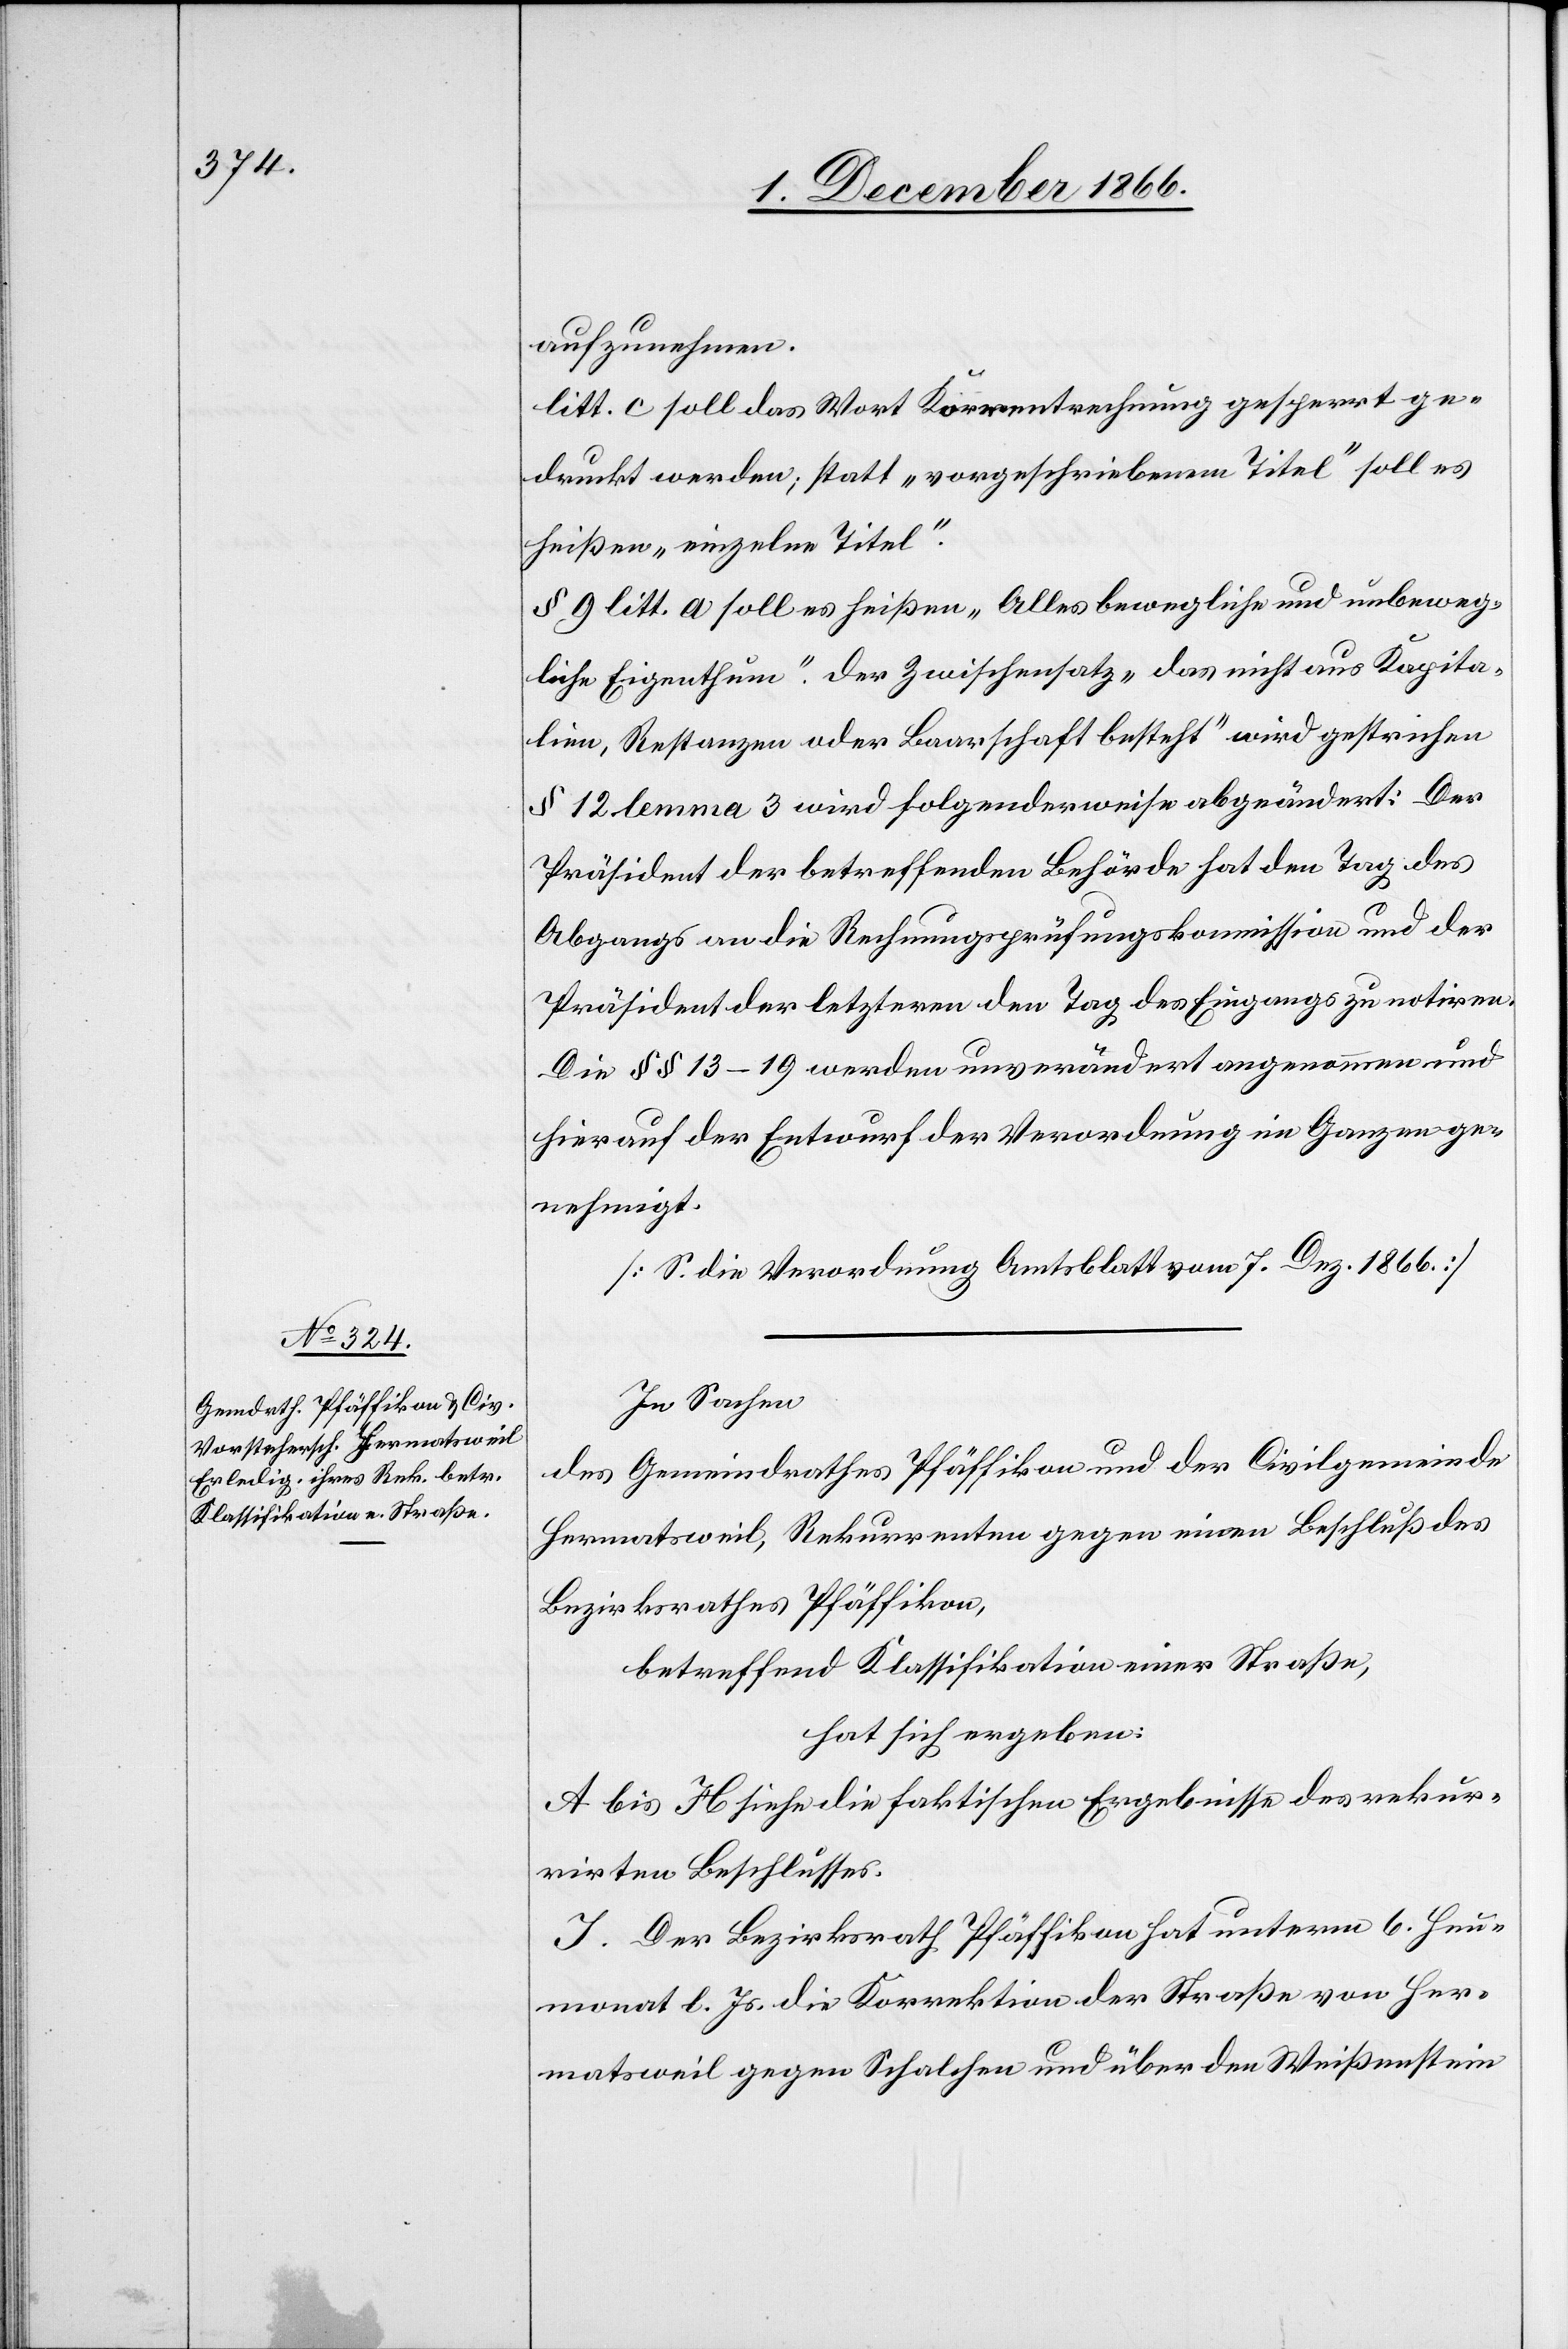
aufzunehmen.
litt. c soll das Wort Korrentrechnung gesperrt ge¬
druckt werden; statt „vorgeschriebenem Titel“ soll es
heißen „einzelne Titel“.
§ 9 litt. a soll es heißen „Alles bewegliche und unbeweg¬
liche Eigenthum“. Der Zwischensatz „das nicht aus Kapita¬
lien, Restanzen oder Baarschaft besteht“ wird gestrichen.
§ 12 lemma 3 wird folgenderweise abgeändert: Der
Präsident der betreffenden Behörde hat den Tag des
Abgangs an die Rechnungsprüfungskommission und der
Präsident der letzteren den Tag des Eingangs zu notiren.
Die § § 13–19 werden unverändert angenommen und
hierauf der Entwurf der Verordnung im Ganzen ge¬
nehmigt.
[S. die Verordnung Amtsblatt vom 7. Dez. 1866.]
In Sachen
des Gemeindrathes Pfäffikon und der Civilgemeinde
Hermatsweil, Rekurrenten gegen einen Beschluß des
Bezirksrathes Pfäffikon,
betreffend Klassifikation einer Straße,
hat sich ergeben:
A bis H siehe die faktischen Ergebnisse des rekur¬
rirten Beschlusses.
I. Der Bezirksrath Pfäffikon hat unterm 6. Heu¬
monat l. Js. die Korrektion der Straße von Her¬
matsweil gegen Schalchen und über den Weißenstein